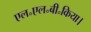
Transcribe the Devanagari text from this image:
एल॰एल॰बी॰किया।